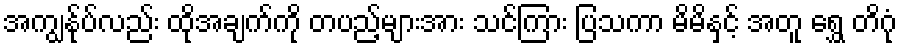
အကျွန်ုပ်လည်း ထိုအချက်ကို တပည့်များအား သင်ကြား ပြသကာ မိမိနှင့် အတူ ရွှေ တိဂုံ